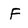
Character: F